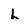
Character: L